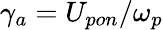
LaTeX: \gamma_{a}=U_{pon}/\omega_{p}